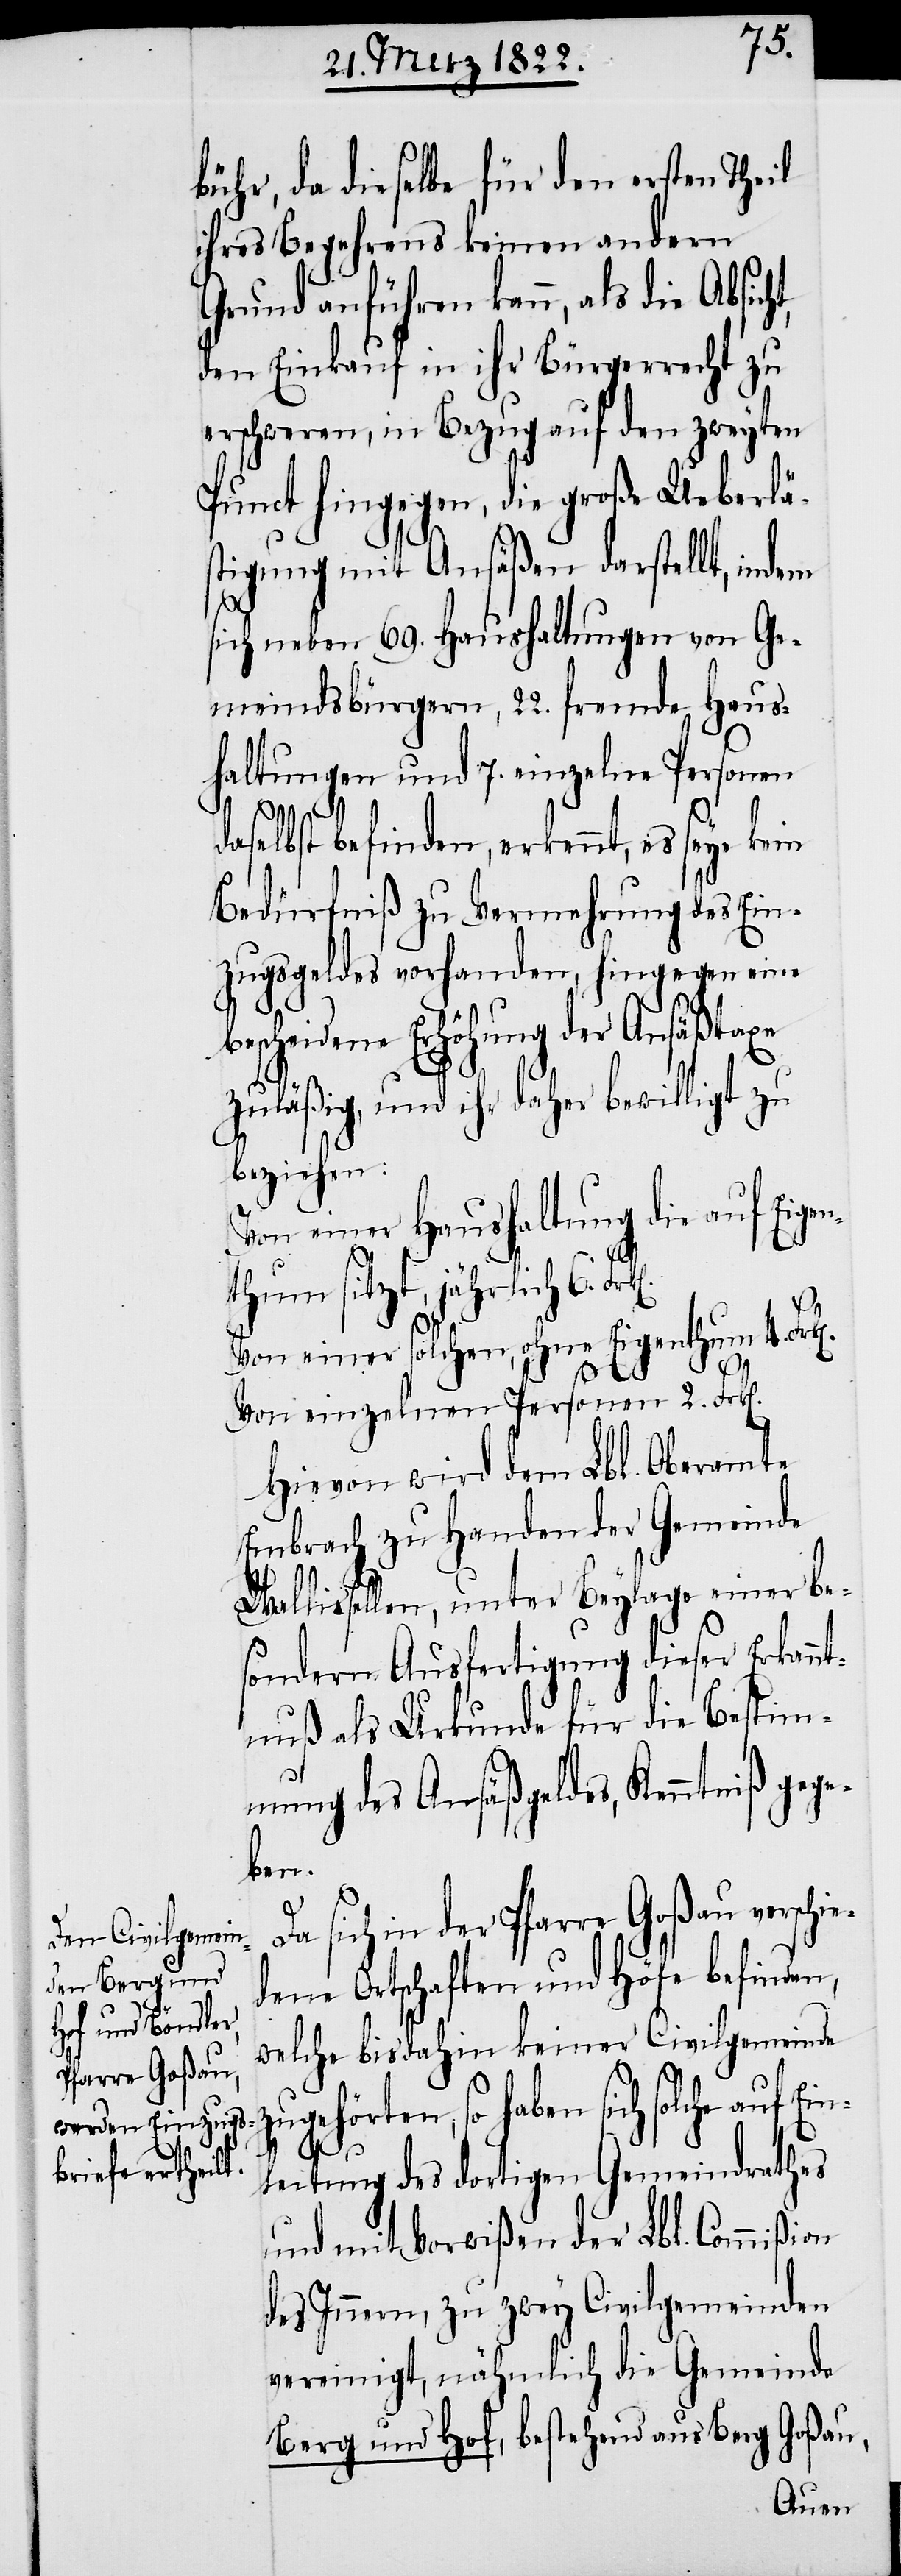
bühr, da dieselbe für den ersten Theil
ihres Begehrens keinen andern
Grund anführen kann, als die Absic¬
den Einkauf in ihr Bürgerrecht zu
erschweren, in Bezug auf den zweyten
Punct hingegen, die große Ueberlä¬
stigung mit Ansäßen darstellt, indem
sich neben 69. Haushaltungen von Ge¬
meindsbürgern, 22. fremde Haus¬
haltungen und 7. einzelne Personen
daselbst befinden, erkennt, es seye kein
Bedürfniß zu Vermehrung des Ein¬
zugsgeldes vorhanden, hingegen eine
ene Erhöhung der Ansäßtaxe
zuläßig, und ihr daher bewilligt zu
beziehen:
Von einer Haushaltung die auf Eigen¬
ht,
thum sitzt, jährlich 6.
Von einer solchen, ohne Eigenthum 4.
von einzelnen Personen 2. Frk[e¬
Hievon wird dem Lbl. Oberamte
Embrach zu Handen der Gemeinde
n].
Wallisellen, unter Beylage einer be¬
sondern Ausfertigung dieser Erkann¬
tnuß als Urkunde für die Bestim¬
mung des Ansäßgeldes, Kenntniß gege¬
ben.
Da sich in der Pfarre Goßau verschie¬
dene Ortschaften und Höfe befinden,
welche bisdahin keiner Civilgemeinde
zugehörten, so haben sich solche auf Ei¬
bescheid¬
nleitung des dortigen Gemeindrathes
und mit Vorwißen der Lbl. Commißion
des Innern, zu zwey Civilgemeinden
vereinigt, nähmlich die Gemeinde
Berg und Hof, bestehend aus Berg Goßau,